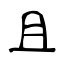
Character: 且